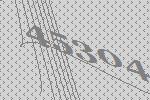
45304